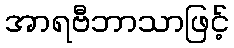
အာရဗီဘာသာဖြင့်